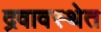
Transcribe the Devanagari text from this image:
द्रवावस्थेत